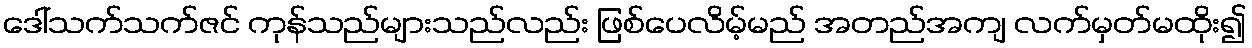
ဒေါ်သက်သက်ဇင် ကုန်သည်များသည်လည်း ဖြစ်ပေလိမ့်မည် အတည်အကျ လက်မှတ်မထိုး၍